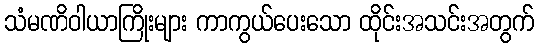
သံမဏိဝါယာကြိုးများ ကာကွယ်ပေးသော ထိုင်းအသင်းအတွက်